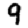
Digit: 9